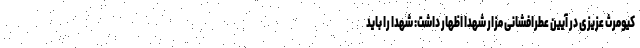
کیومرث عزیزی در آیین عطرافشانی مزار شهدا اظهار داشت: شهدا را باید